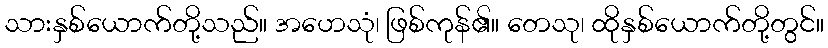
သားနှစ်ယောက်တို့သည်။ အဟေသုံ၊ ဖြစ်ကုန်၏။ တေသု၊ ထိုနှစ်ယောက်တို့တွင်။